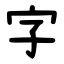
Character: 字